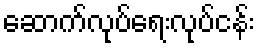
ဆောက်လုပ်ရေးလုပ်ငန်း